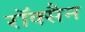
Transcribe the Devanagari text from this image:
रॉक्सैन